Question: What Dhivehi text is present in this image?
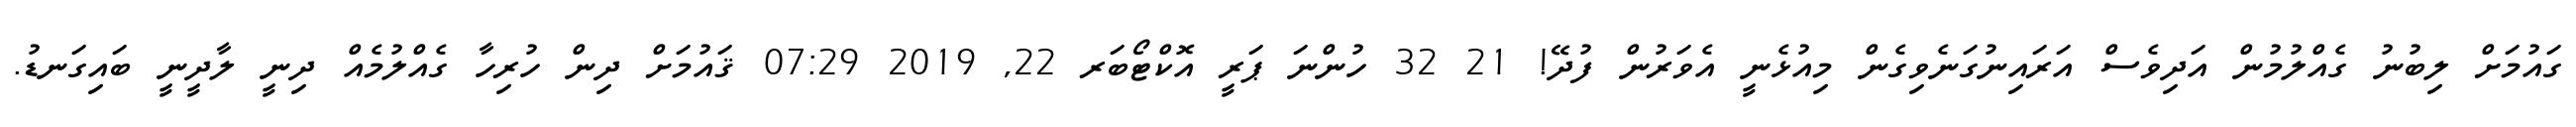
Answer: ގައުމަށް ލިބުނު ގެއްލުމުން އަދިވެސް އަރައިނުގަނެވިގެން މިއުޅެނީ އެވަރުން ފުދޭ! 21 32 ހުންނަ ޕަރީ އޮކްޓޯބަރ 22, 2019 07:29 ޤައުމަށް ދިން ހުރިހާ ގެއްލުމެއް ދިނީ ލާދީނީ ބައިގަނޑު.